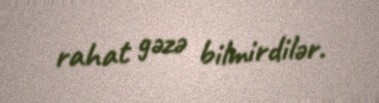
rahat gəzə bilmirdilər.